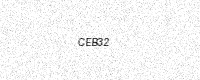
Text: CEB32